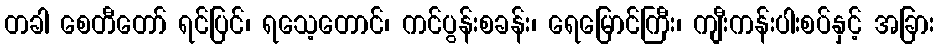
တခါ စေတီတော် ရင်ပြင်၊ ရသေ့တောင်၊ ကင်ပွန်းစခန်း၊ ရေမြောင်ကြီး၊ ကျီးကန်းပါးစပ်နှင့် အခြား